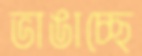
ভাঙাচ্ছে